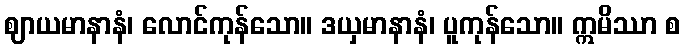
ဈာယမာနာနံ၊ လောင်ကုန်သော။ ဒယှမာနာနံ၊ ပူကုန်သော။ ဣမိဿာ စ